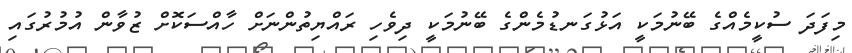
މިފަދަ ސުކީމެއްގެ ބޭނުމަކީ އަޅުގަނޑުމެންގެ ބޭނުމަކީ ދިވެހި ރައްޔިތުންނަށް ހާއްސަކޮށް ޒުވާން އުމުރުގައި